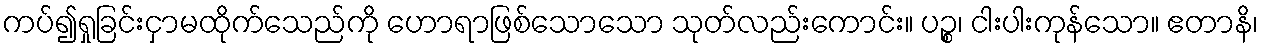
ကပ်၍ရှုခြင်းငှာမထိုက်သေည်ကို ဟောရာဖြစ်သောသော သုတ်လည်းကောင်း။ ပဉ္စ၊ ငါးပါးကုန်သော။ ဧတာနိ၊